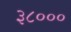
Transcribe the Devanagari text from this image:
३८०००